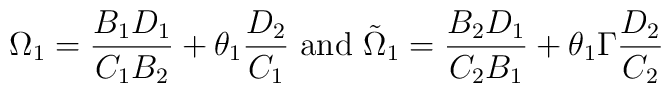
\Omega_1={B_1 D_1\over C_1 B_2}+\theta_1 {D_2\over C_1}\ {\rm and}\  \tilde\Omega_1={B_2 D_1\over C_2 B_1}+\theta_1\Gamma  {D_2\over C_2}